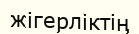
жігерліктің